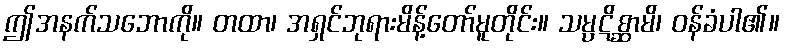
ဤအနက်သဘောကို။ တထာ၊ အရှင်ဘုရားမိန့်တော်မူတိုင်း။ သမ္ပဋိစ္ဆာမိ၊ ဝန်ခံပါ၏။